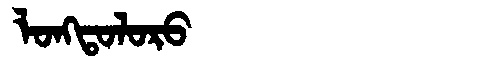
Manchu: ᠯᠣᠩᡨᠣᠯᠣᡵᠣ
Romanization: LONGTOLORO